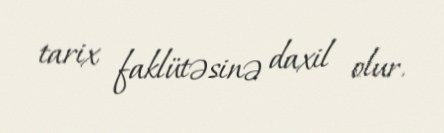
tarix faklütəsinə daxil olur.